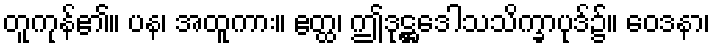
တူကုန်၏။ ပန၊ အထူကား။ ဧတ္ထ၊ ဤဒုဋ္ဌဒေါသသိက္ခာပုဒ်၌။ ဝေဒနာ၊